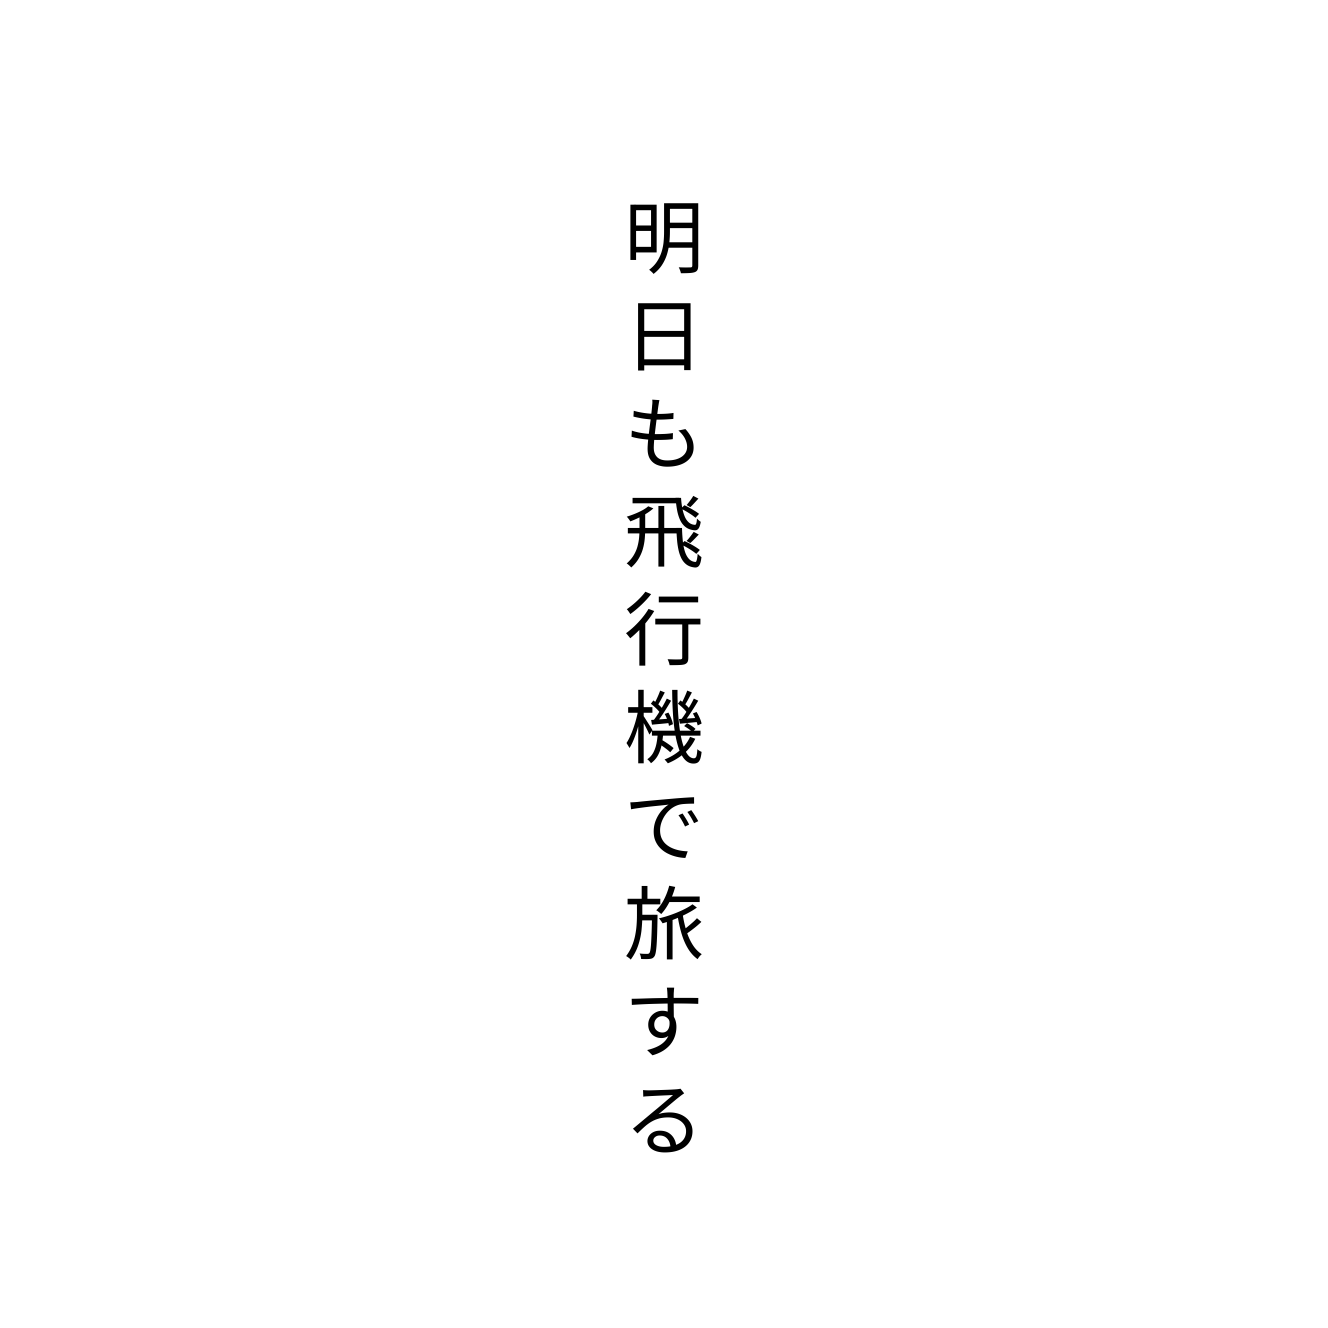
明日も飛行機で旅する